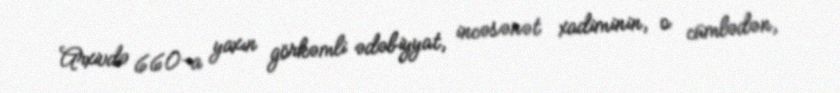
Arxivdə 660-a yaxın görkəmli ədəbiyyat, incəsənət xadiminin, o cümlədən,